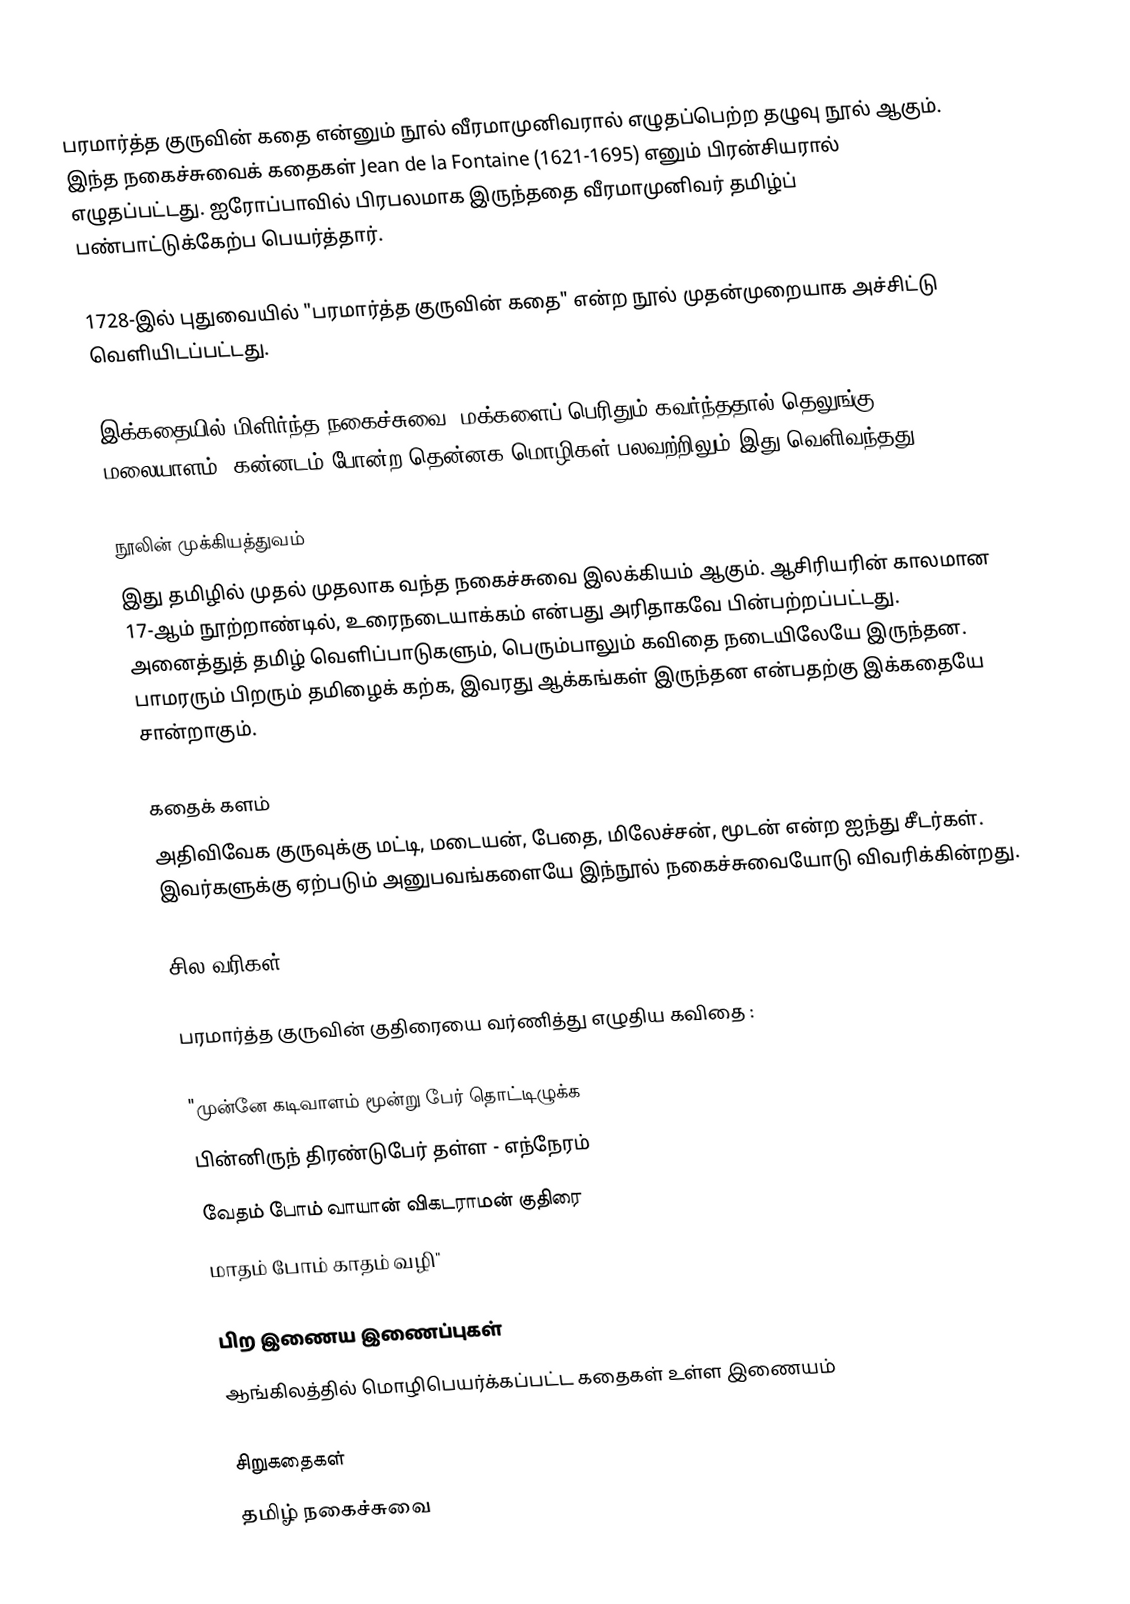
பரமார்த்த குருவின் கதை என்னும் நூல் வீரமாமுனிவரால் எழுதப்பெற்ற தழுவு நூல் ஆகும். இந்த நகைச்சுவைக் கதைகள் Jean de la Fontaine (1621-1695) எனும் பிரன்சியரால் எழுதப்பட்டது. ஐரோப்பாவில் பிரபலமாக இருந்ததை வீரமாமுனிவர் தமிழ்ப் பண்பாட்டுக்கேற்ப பெயர்த்தார்.

1728-இல் புதுவையில் "பரமார்த்த குருவின் கதை" என்ற நூல் முதன்முறையாக அச்சிட்டு வெளியிடப்பட்டது.

இக்கதையில் மிளிர்ந்த நகைச்சுவை, மக்களைப் பெரிதும் கவர்ந்ததால் தெலுங்கு, மலையாளம், கன்னடம் போன்ற தென்னக மொழிகள் பலவற்றிலும் இது வெளிவந்தது.

நூலின் முக்கியத்துவம்
இது தமிழில் முதல் முதலாக வந்த நகைச்சுவை இலக்கியம் ஆகும். ஆசிரியரின் காலமான 17-ஆம் நூற்றாண்டில், உரைநடையாக்கம் என்பது அரிதாகவே பின்பற்றப்பட்டது. அனைத்துத் தமிழ் வெளிப்பாடுகளும், பெரும்பாலும் கவிதை நடையிலேயே இருந்தன. பாமரரும் பிறரும் தமிழைக் கற்க, இவரது ஆக்கங்கள் இருந்தன என்பதற்கு இக்கதையே சான்றாகும்.

கதைக் களம்
அதிவிவேக குருவுக்கு மட்டி, மடையன், பேதை, மிலேச்சன், மூடன் என்ற ஐந்து சீடர்கள். இவர்களுக்கு ஏற்படும் அனுபவங்களையே இந்நூல் நகைச்சுவையோடு விவரிக்கின்றது.

சில வரிகள்

பரமார்த்த குருவின் குதிரையை வர்ணித்து எழுதிய கவிதை :

"முன்னே கடிவாளம் மூன்று பேர் தொட்டிழுக்க
பின்னிருந் திரண்டுபேர் தள்ள - எந்நேரம்
வேதம் போம் வாயான் விகடராமன் குதிரை
மாதம் போம் காதம் வழி"

பிற இணைய இணைப்புகள்
ஆங்கிலத்தில் மொழிபெயர்க்கப்பட்ட கதைகள் உள்ள இணையம்

சிறுகதைகள்
தமிழ் நகைச்சுவை